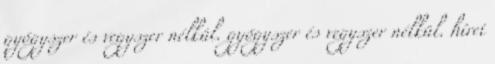
gyógyszer és vegyszer nélkül. gyógyszer és vegyszer nélkül. hírei